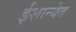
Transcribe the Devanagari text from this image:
ईशान्येत